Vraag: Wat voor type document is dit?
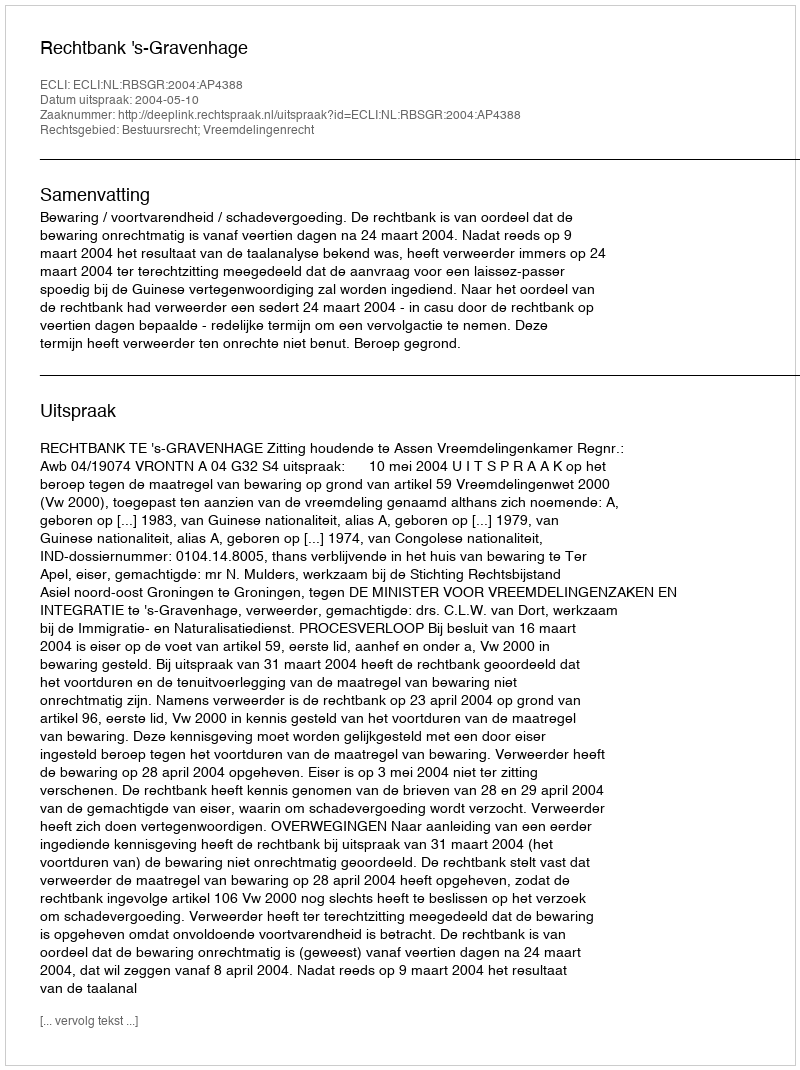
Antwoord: Uitspraak